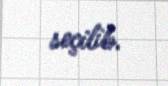
seçilib.